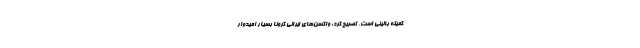
کمیته بالینی است، تصریح کرد: واکسن‌های ایرانی کرونا بسیار امیدوار